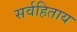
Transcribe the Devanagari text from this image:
सर्वहिताय